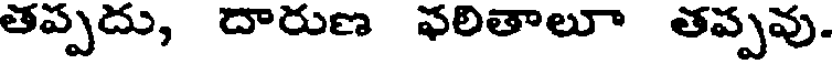
తప్పదు, దారుణ ఫలితాలూ తప్పవు.